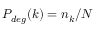
P _ { d e g } ( k ) = n _ { k } / N